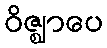
ဝိဇ္ဈာပေ